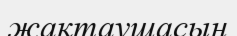
жақтаушасын